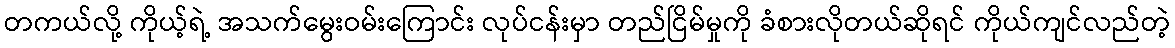
တကယ်လို့ ကိုယ့်ရဲ့ အသက်မွေးဝမ်းကြောင်း လုပ်ငန်းမှာ တည်ငြိမ်မှုကို ခံစားလိုတယ်ဆိုရင် ကိုယ်ကျင်လည်တဲ့